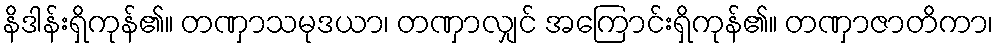
နိဒါန်းရှိကုန်၏။ တဏှာသမုဒယာ၊ တဏှာလျှင် အကြောင်းရှိကုန်၏။ တဏှာဇာတိကာ၊